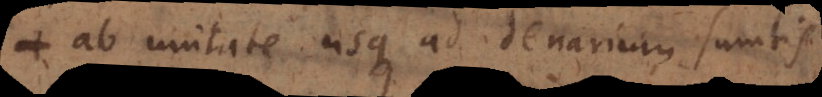
ab unitate usque ad denarium sumtis